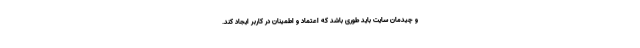
و چیدمان سایت باید طوری باشد که اعتماد و اطمینان در کاربر ایجاد کند.